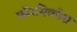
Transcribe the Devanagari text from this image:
फॉरगिवनेस